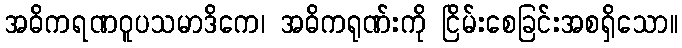
အဓိကရဏဝူပသမာဒိကေ၊ အဓိကရုဏ်းကို ငြိမ်းစေခြင်းအစရှိသော။